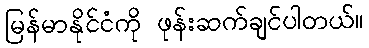
မြန်မာနိုင်ငံကို ဖုန်းဆက်ချင်ပါတယ်။